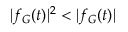
| f _ { G } ( t ) | ^ { 2 } < | f _ { G } ( t ) |